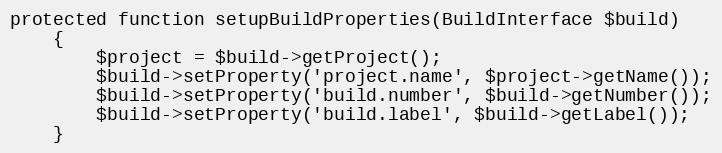
Language: PHP
protected function setupBuildProperties(BuildInterface $build)
    {
        $project = $build->getProject();
        $build->setProperty('project.name', $project->getName());
        $build->setProperty('build.number', $build->getNumber());
        $build->setProperty('build.label', $build->getLabel());
    }